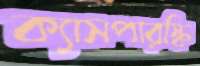
ক্যাসপারস্কি